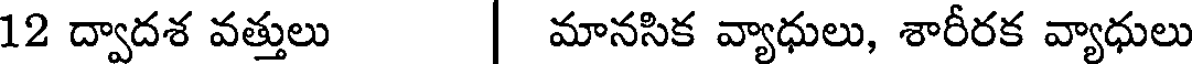
12 ద్వాదశ వత్తులు | మానసిక వ్యాధులు, శారీరక వ్యాధులు